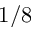
1 / 8